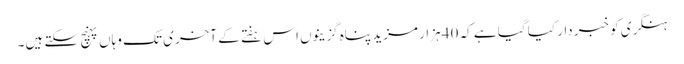
ہنگری کو خبردار کیا گیا ہے کہ 40 ہزار مزید پناہ گزینوں اس ہفتے کے آخری تک وہاں پہنچ سکتے ہیں۔